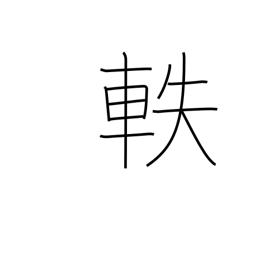
Meaning: pass along